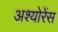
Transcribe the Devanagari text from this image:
अश्योरेंस